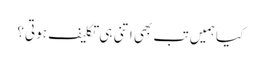
کیا ہمیں تب بھی اتنی ہی تکلیف ہوتی؟